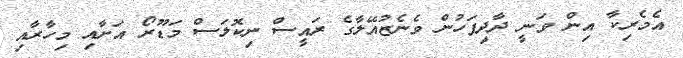
އެމެރިކާ އިން ވަނީ ދާދިފަހުން ވެނެޒުއޭލާގެ ރައީސް ނިކޮލަސް މަޑޫރޯ އަށާއި މިހާރާއި